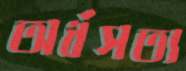
অর্ধসত্য